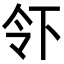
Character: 𬾂